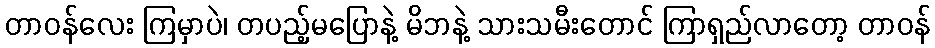
တာဝန်လေး ကြမှာပဲ၊ တပည့်မပြောနဲ့ မိဘနဲ့ သားသမီးတောင် ကြာရှည်လာတော့ တာဝန်